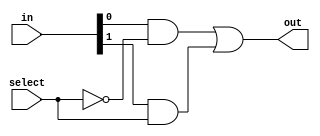
module mux_2to1(input [1:0]in,input select,output out);
    wire w1, w2;
    
    and a1(w1, in[0], (!select));
    and a2(w2, in[1], select);
    
    or o1(out, w1, w2);
endmodule